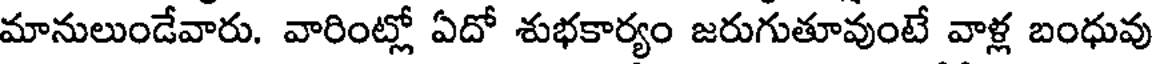
మానులుండేవారు. వారింట్లో ఏదో శుభకార్యం జరుగుతూవుంటే వాళ్ల బంధువు